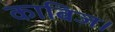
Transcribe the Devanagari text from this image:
काबिज।